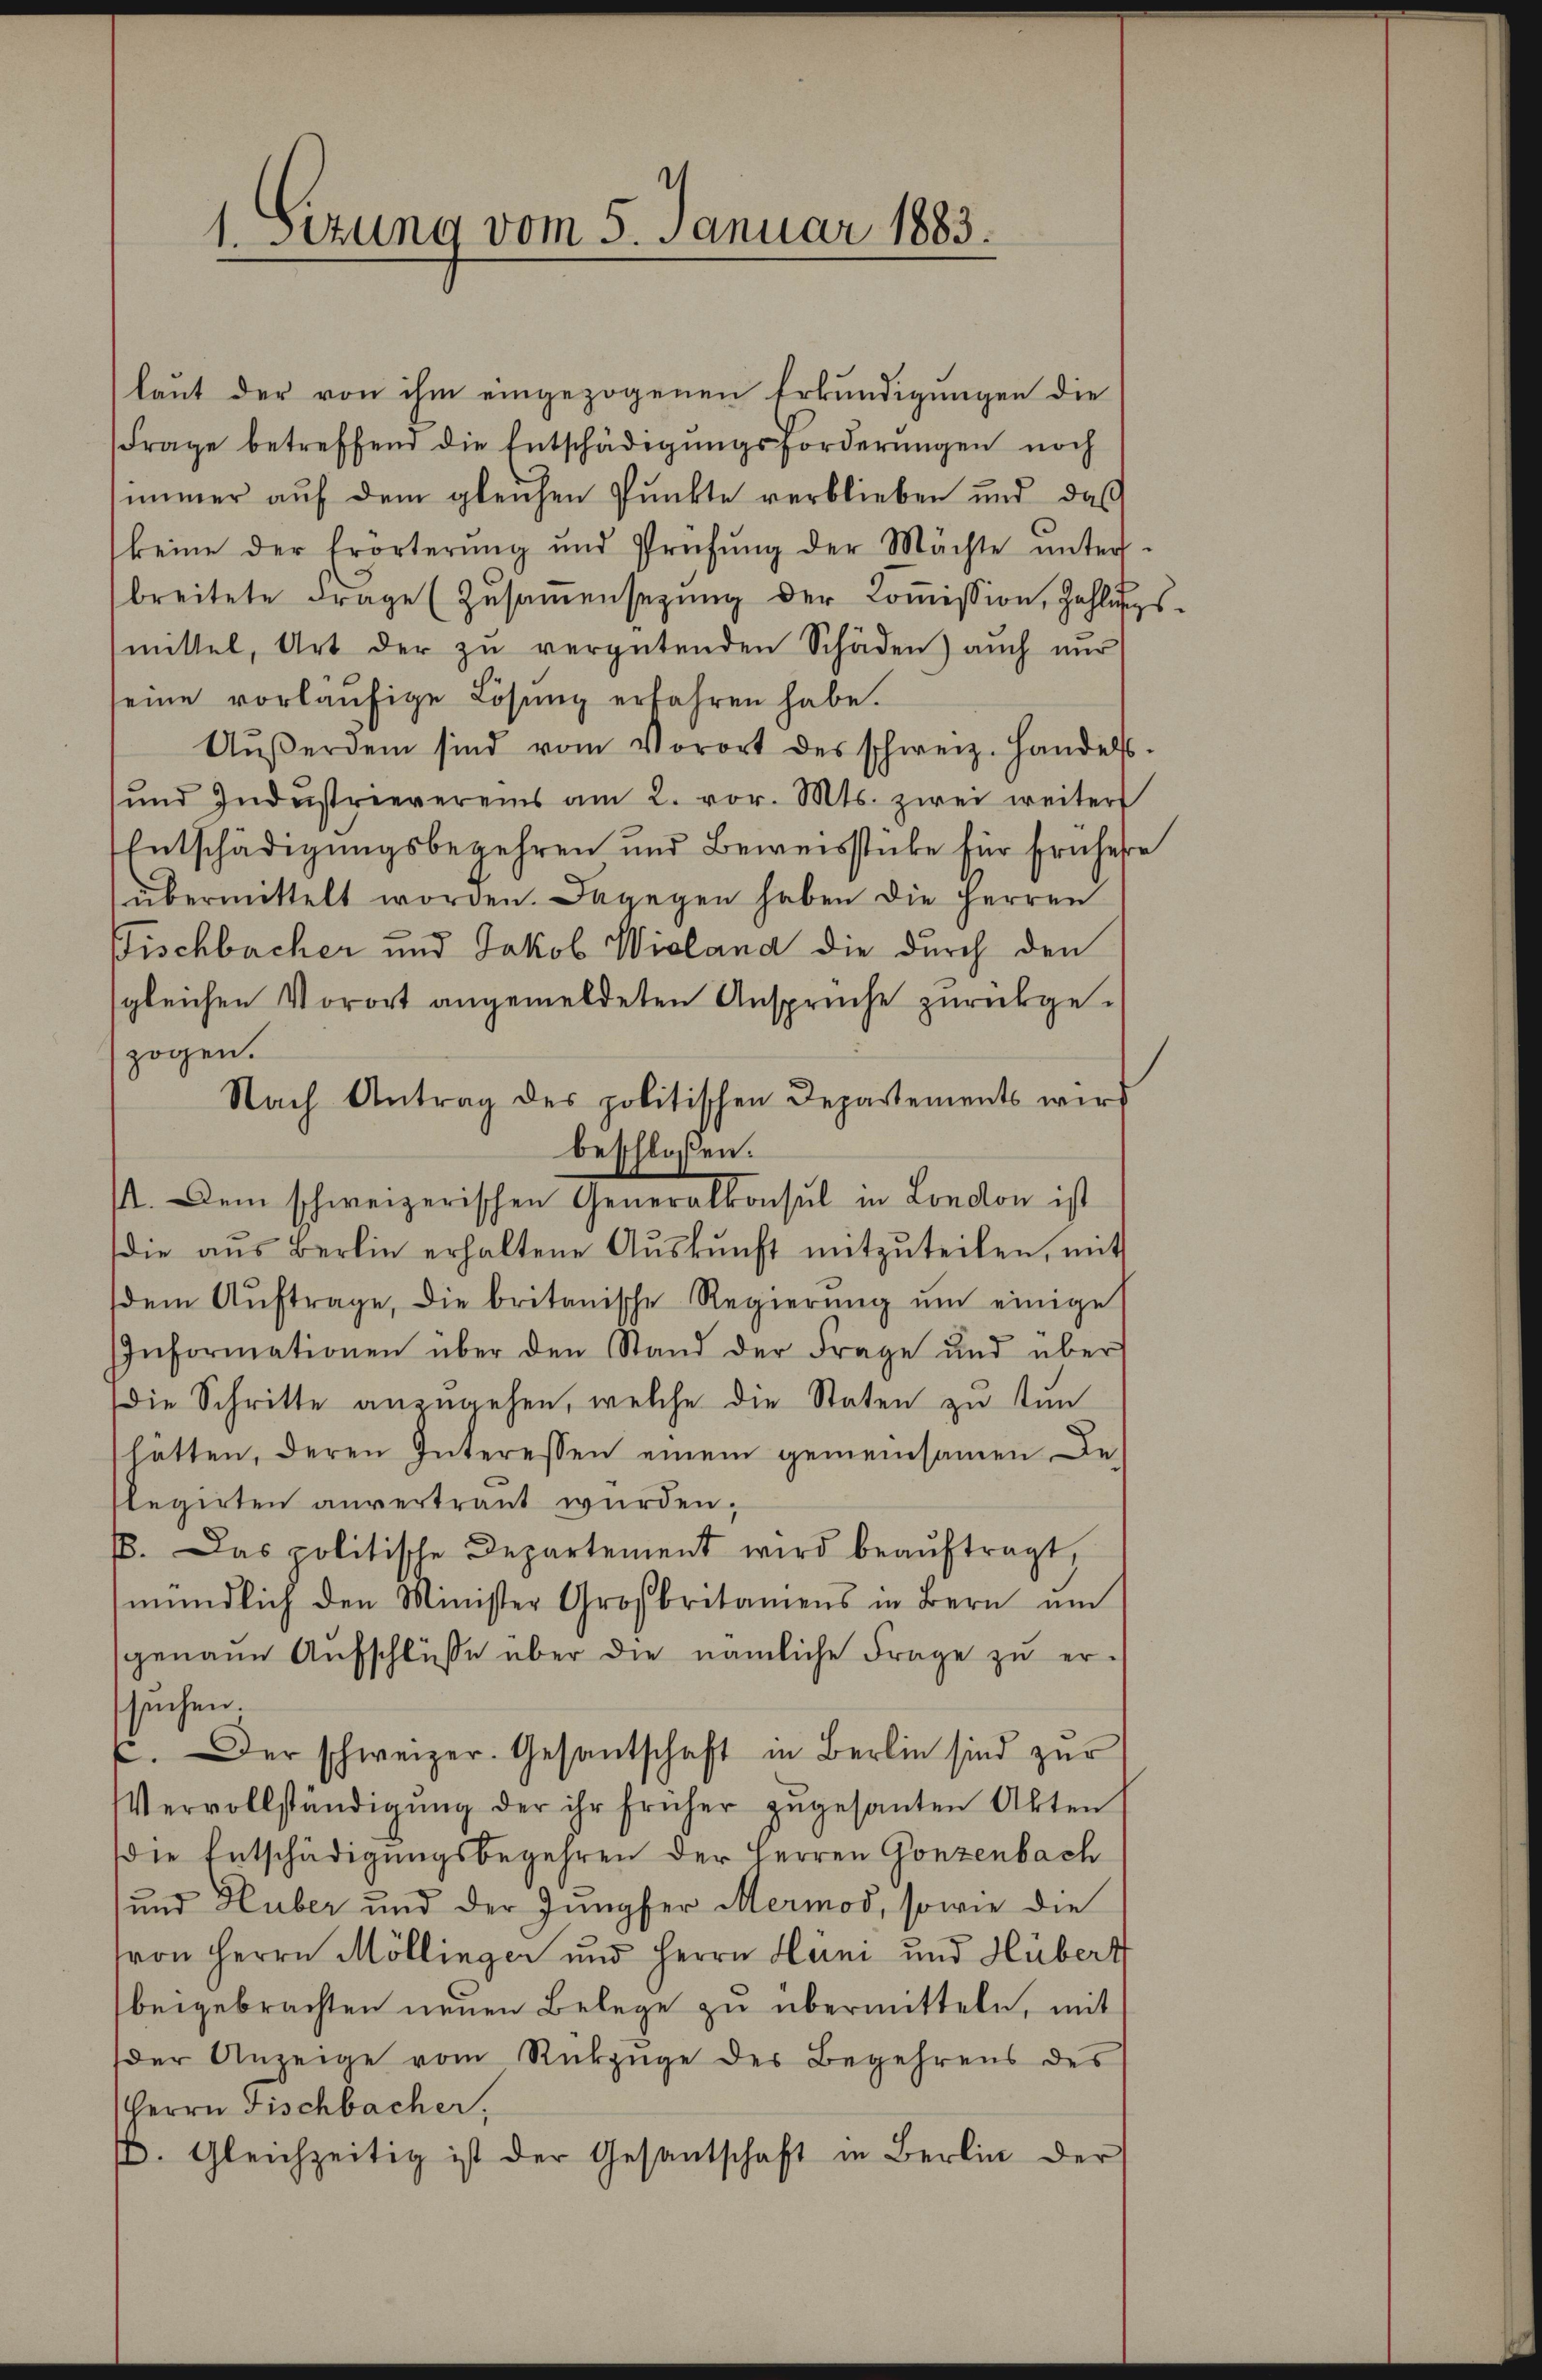
1. Sizung vom 5. Januar 1883.

(laut der von ihm eingezogenen Erkundigungen die
Frage betreffend die Entschädigŭngsforderŭngen noch
immer auf dem gleichen Punkte verblieben und das
keine der Erörterŭng und Prüfŭng der Mächte ŭnter-
breitete Frage (Zŭsaṁensetzŭng der Koṁission, Zahlungsmittel, Art der zŭ vergütenden Schäden) auch nur
seine vorläŭfige Lösung erbahren habe.
Aŭβerdem sind vom Vorort des schweiz. Handels.
ŭnd Indŭstrievereins am 2. vor. Mts. zwei weiter
Entschädigungsbegehren und Beweisstücke für Ernhere
übermittelt worden. Dagegen haben die Herren
Fischbacher und Jakob Wieland die durch den
gleichen Vorort angemeldeten Ansprüche zurückgezogen.
Nach Antrag des politischen Departements wird
beschloßen:
/. Dem schweizerischen Generalkonsul in London ist
(die aus Berlin erhaltene Aŭskŭnft mitzŭteilen, mit
dem Aŭftrage, die britanische Regierŭng ŭm einige
Informationen über den Stand der Frage und über
die Schritte anzŭgehen, welche die Staten zu tun
hlatten, deren Interessen einem gemeinsamen De-
slegirten anvertraut wurden,
. Das politische Departement wird beaŭftragt,
mündlich den Minister Großbritamens in Bern ŭm
sgenaŭe Aŭfschlüsse über die nämliche Frage zŭ er-
suchen.
.Der schweizer. Gesantschaft in Berlin sind zŭr
Vervollständigŭng der ihr früher zŭgesanten Akten
die Entschädigungsbegehren der Herren Gonzenbach
und Huber und der Jungfer Mermod, sowie die
(von Herrn Möllinger und Herrn Hüni und Hübert
beigebrachten neŭen Belege zu übermitteln, mit
der Anzeige vom Rückzuge des Begehrens des
Herrn Fischbacher,
β. Gleichzeitig ist der Gesantschaft in Berlin der